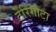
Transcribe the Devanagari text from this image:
टेरिगोटा